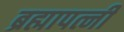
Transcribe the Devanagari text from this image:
ब्रह्मापत्नी